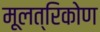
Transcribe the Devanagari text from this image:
मूलत्रिकोण